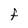
Character: F